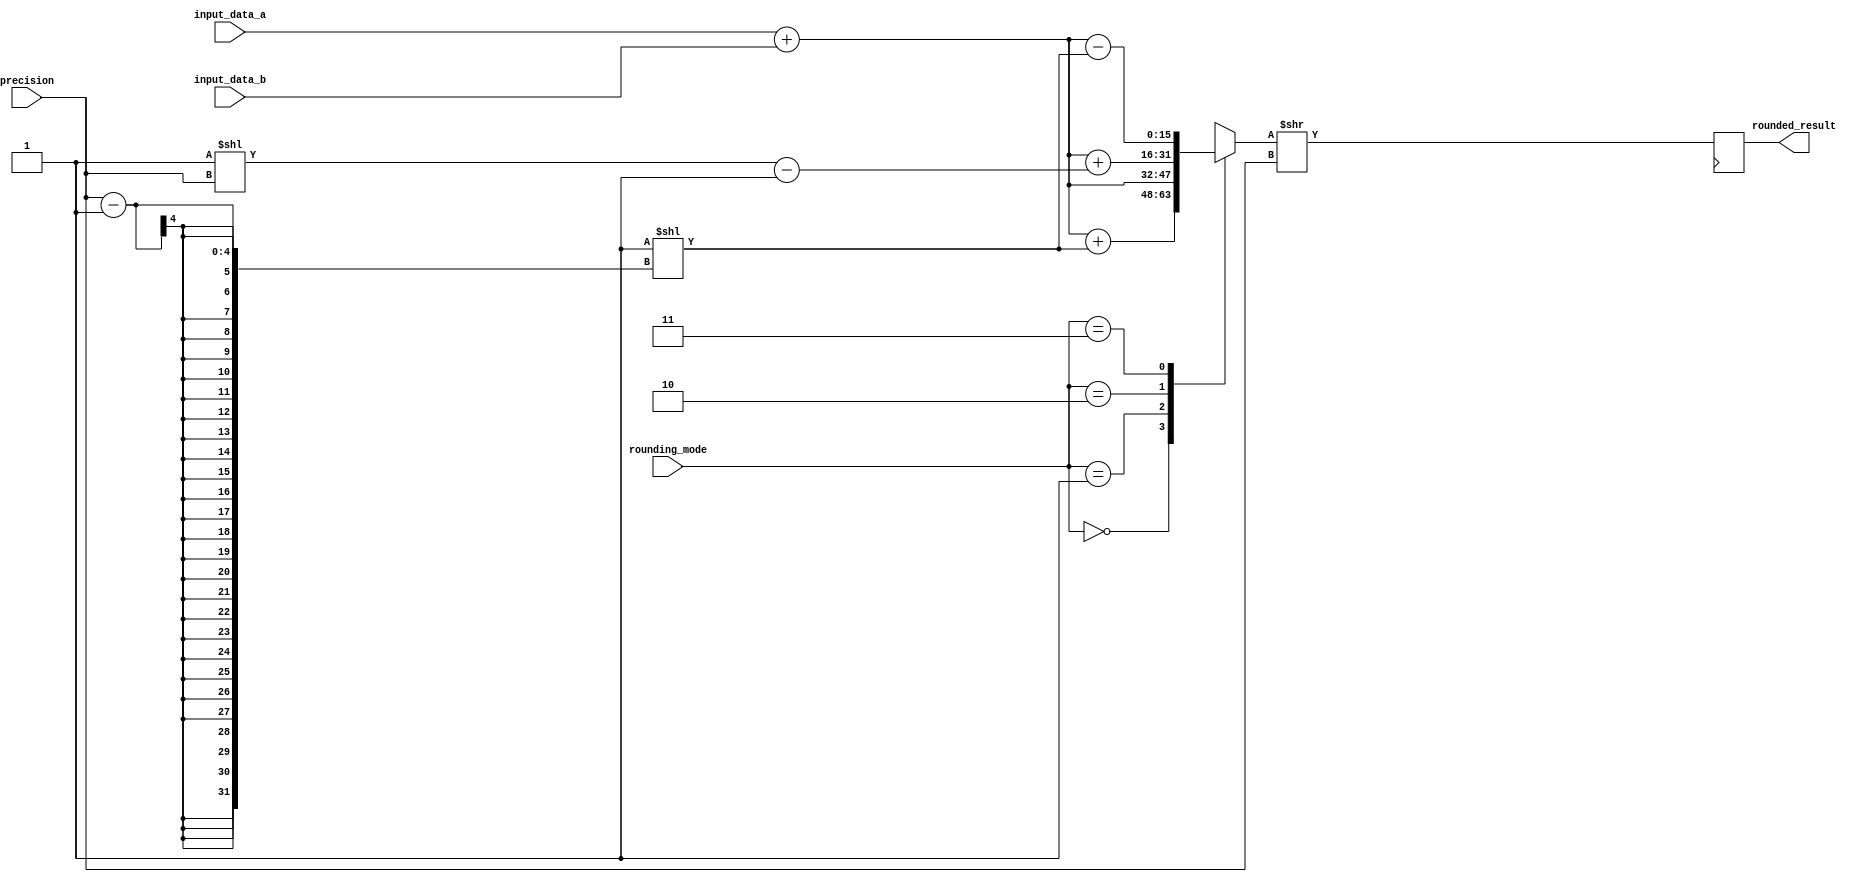
module fixed_point_rounding_unit (
    input wire [15:0] input_data_a,
    input wire [15:0] input_data_b,
    input wire [1:0] rounding_mode, // 00: round to nearest, 01: round towards zero, 10: round towards infinity, 11: round towards negative infinity
    input wire [3:0] precision, // Number of fractional bits
    output reg [15:0] rounded_result
);

reg [15:0] result;

always @(*) begin
    case(rounding_mode)
        2'b00: result = input_data_a + input_data_b + (1 << (precision - 1));
        2'b01: result = input_data_a + input_data_b;
        2'b10: result = input_data_a + input_data_b + ((1 << precision) - 1);
        2'b11: result = input_data_a + input_data_b - (1 << (precision - 1));
    endcase
end

always @(posedge clk) begin
    rounded_result <= result >> precision;
end

endmodule